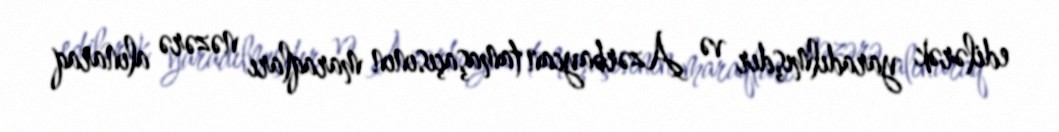
edilərək yaradılmışdır və Azərbaycan tamaşaçısının maraqları nəzərə alınaraq